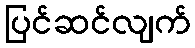
ပြင်ဆင်လျက်